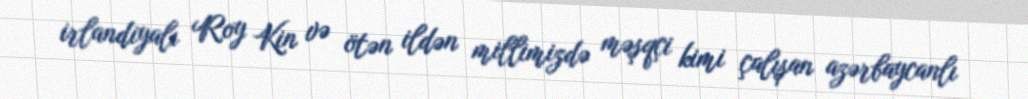
irlandiyalı Roy Kin və ötən ildən millimizdə məşqçi kimi çalışan azərbaycanlı